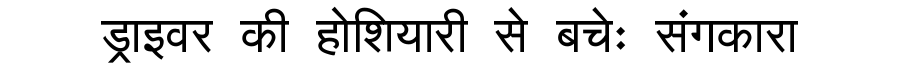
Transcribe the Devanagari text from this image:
ड्राइवर की होशियारी से बचेः संगकारा